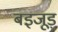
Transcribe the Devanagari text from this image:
बइजूड़